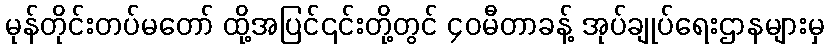
မုန်တိုင်းတပ်မတော် ထို့အပြင်၎င်းတို့တွင် ၄၀မီတာခန့် အုပ်ချုပ်ရေးဌာနများမှ